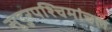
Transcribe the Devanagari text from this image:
सुदुरपश्चिमांचल